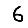
Digit: 6